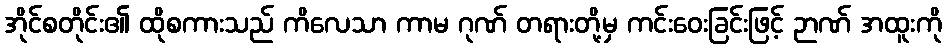
အိုင်စတိုင်း၏ ထိုစကားသည် ကိလေသာ ကာမ ဂုဏ် တရားတို့မှ ကင်းဝေးခြင်းဖြင့် ဉာဏ် အထူးကို